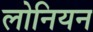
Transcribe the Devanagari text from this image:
लोनियन